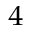
^ { 4 }